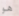
هو